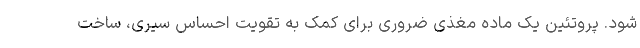
شود. پروتئین یک ماده مغذی ضروری برای کمک به تقویت احساس سیری، ساخت